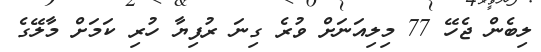
ލިބެން ޖެހޭ 77 މިލިއަނަށް ވުރެ ގިނަ ރުފިޔާ ހުރި ކަމަށް މާލޭގެ